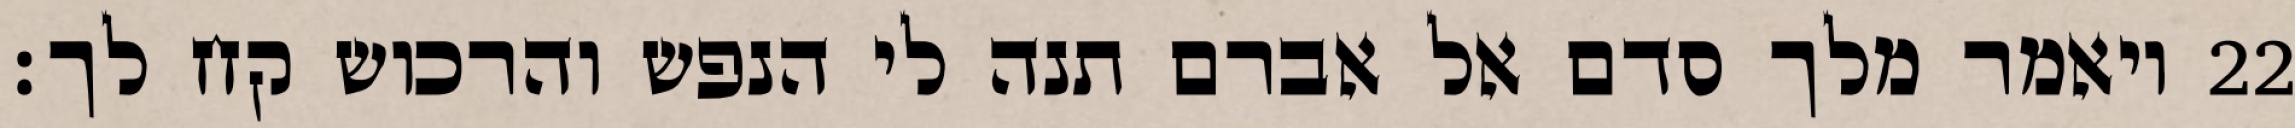
ויאמר מלך סדם אל אברם תנה לי הנפש והרכוש קח לך׃ ‎22‏